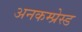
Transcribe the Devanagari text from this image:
अनकम्प्रेस्ड